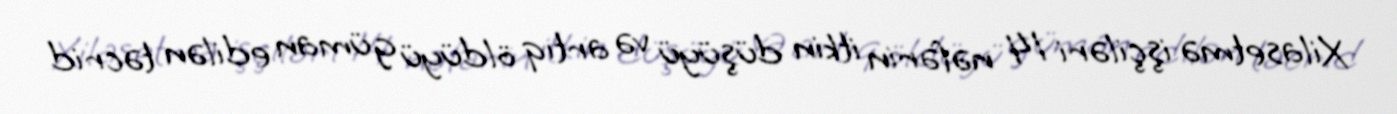
Xilasetmə işçiləri 14 nəfərin itkin düşüyü və artıq öldüyü güman edilən təcrid